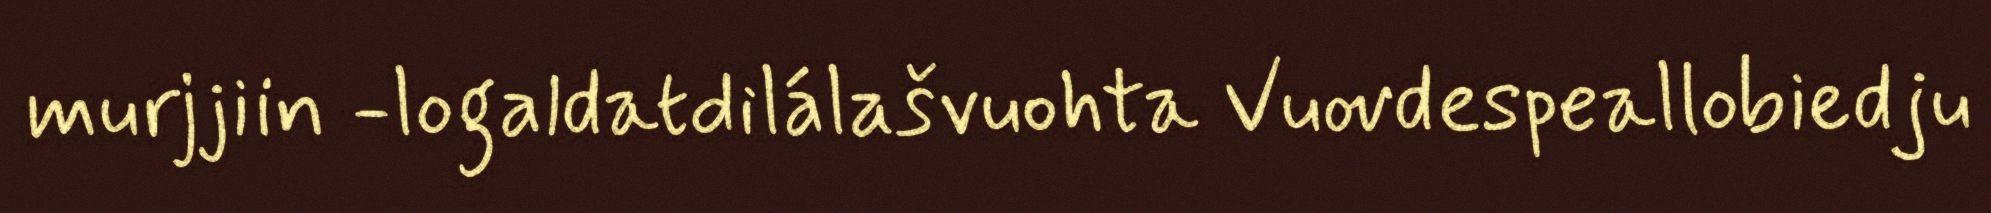
murjjiin -logaldatdilálašvuohta Vuovdespeallobiedju